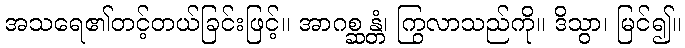
အသရေ၏တင့်တယ်ခြင်းဖြင့်။ အာဂစ္ဆန္တံ၊ ကြွလာသည်ကို။ ဒိသွာ၊ မြင်၍။